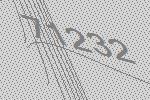
71232